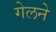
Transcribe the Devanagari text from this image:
गेलने